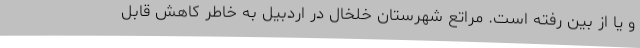
و یا از بین رفته است. مراتع شهرستان خلخال در اردبیل به خاطر کاهش قابل